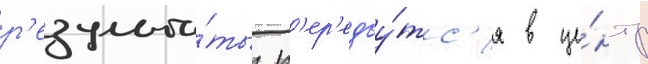
р'езульта́ты п'ер'едау́тс'я в це́нтр